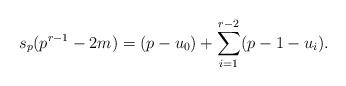
LaTeX: \begin{align*}s_{p}(p^{r-1}-2m) = (p-u_{0})+ \sum_{i=1}^{r-2} (p-1-u_{i}).\end{align*}